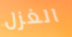
الغزل